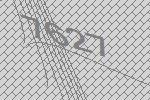
7627